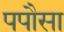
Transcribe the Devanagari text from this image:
पपौसा